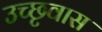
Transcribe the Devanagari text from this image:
उच्छृवास